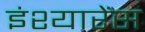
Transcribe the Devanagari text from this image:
इंश्यारेंस